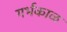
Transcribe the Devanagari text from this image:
गर्भकाळ